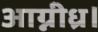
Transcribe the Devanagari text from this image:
आग्नीध्र।